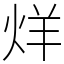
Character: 烊